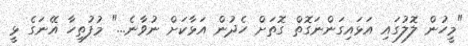
"މީހުން ލޮލުގައި އަޅައިގަންނަގޮތް ގޮތަށް ހެދުން އަޅާކަށް ނުވާނެ..." މުފުތިހާ އޭނަގެ ޅީ